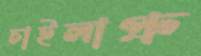
চাইলাপ্রু